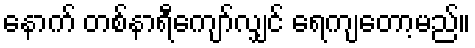
နောက် တစ်နာရီကျော်လျှင် ရေကျတော့မည်။